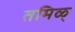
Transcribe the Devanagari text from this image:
तमिळ्